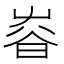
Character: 𡴜